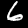
Label: 6